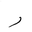
Letter: _ra